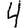
Digit: 4